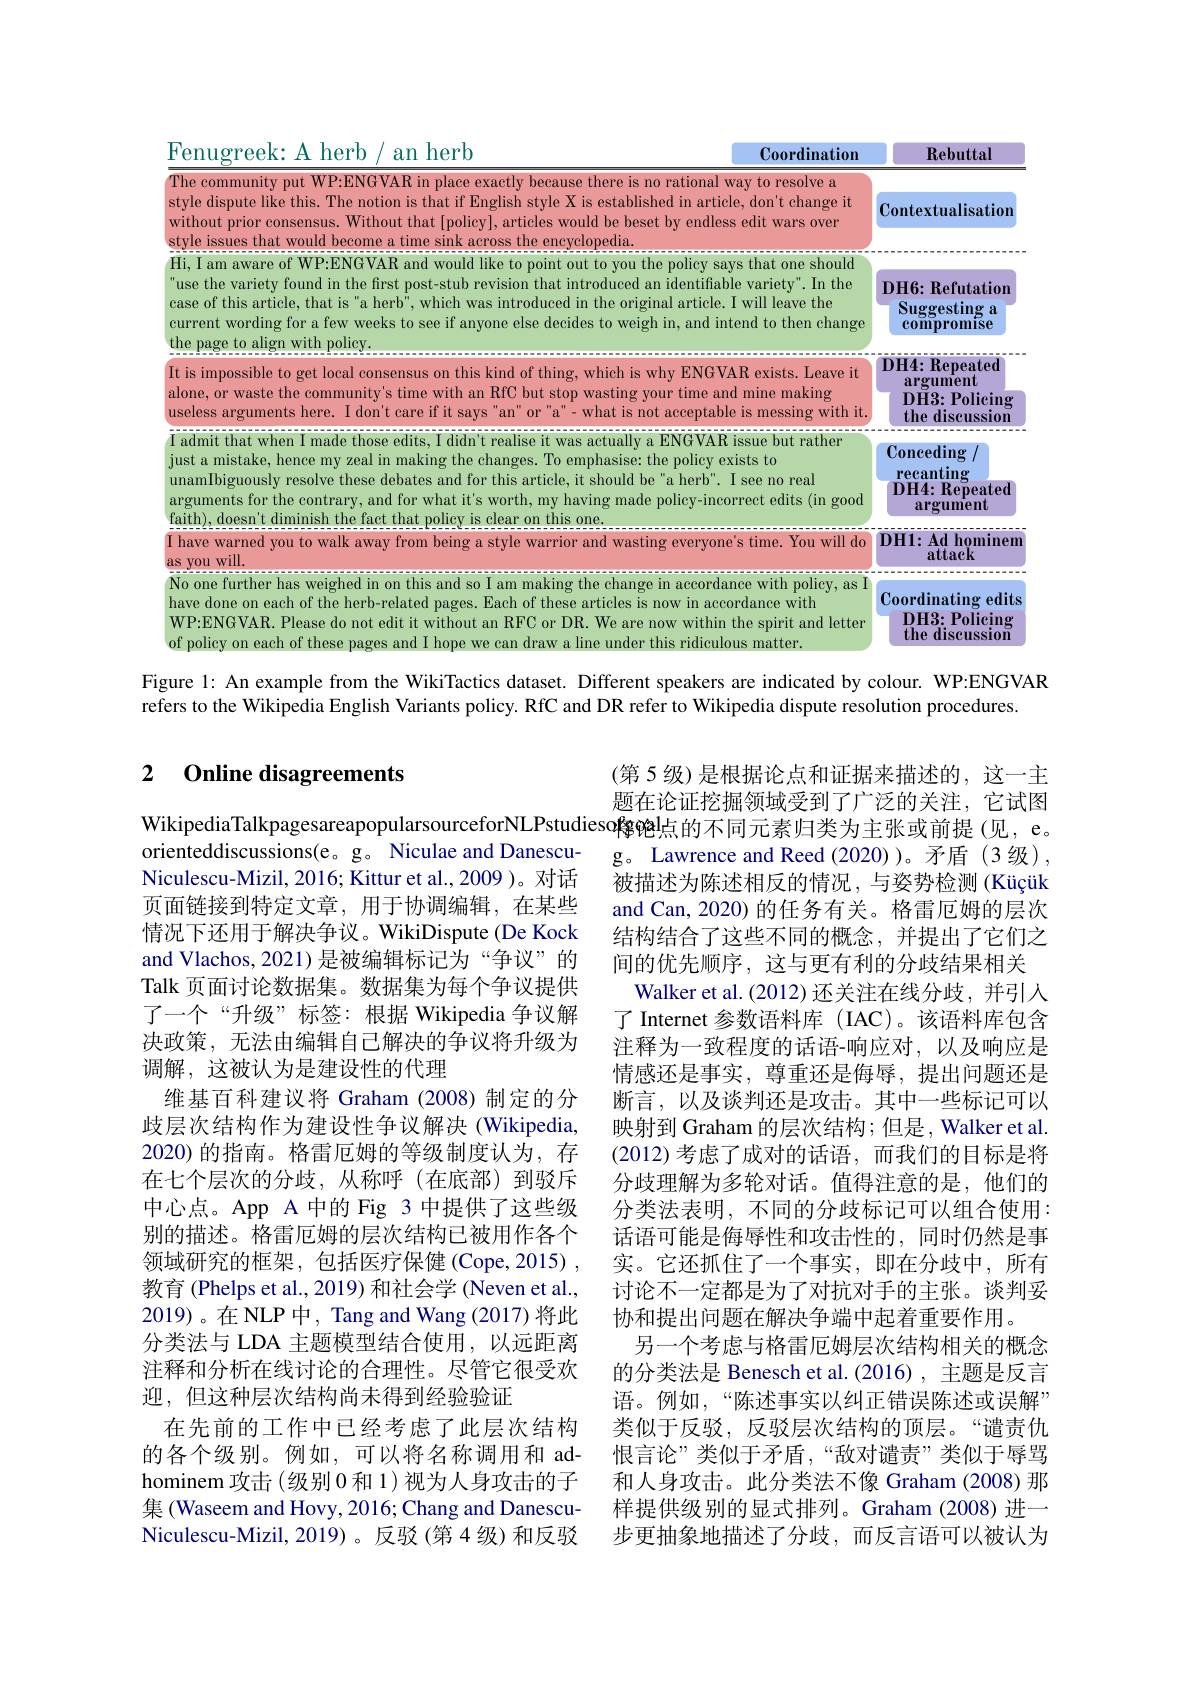
A herb /
herb
<FigureHere>

Coordination

Rebuttal

Figure l: An example from the WikiTactics dataset. Different speakers are indicated by colour. WP:ENGVAR
refers to the Wikipedia English Variants policy. RfC and DR refer to Wikipedia dispute resolution procedures.

### 2 $\textbf{Online disagreements}$

(第 5 级) 是根据论点和证据来描述的，这一主题在论证挖掘领域受到了广泛的关注，它试图
WikipediaTalkpagesareapopularsourceforNLPstudieso梅陀$^{\mathrm{l}}$点的不同元素归类为主张或前提 (见，e。
g。Lawrence and Reed (2020))。矛盾 (3级), 被描述为陈述相反的情况，与姿势检测(Küçük and Can, 2020) 的任务有关。格雷厄姆的层次结构结合了这些不同的概念，并提出了它们之间的优先顺序，这与更有利的分歧结果相关
Walker et al.(2012) 还关注在线分歧，并引入了 Internet 参数语料库 (IAC)。该语料库包含注释为一致程度的话语-响应对，以及响应是情感还是事实，尊重还是侮辱，提出问题还是断言，以及谈判还是攻击。其中一些标记可以映射到 Graham 的层次结构；但是 , Walker et al. (2012)考虑了成对的话语，而我们的目标是将分歧理解为多轮对话。值得注意的是，他们的分类法表明，不同的分歧标记可以组合使用： 话语可能是侮辱性和攻击性的，同时仍然是事实。它还抓住了一个事实，即在分歧中，所有讨论不一定都是为了对抗对手的主张。谈判妥协和提出问题在解决争端中起着重要作用。
另一个考虑与格雷厄姆层次结构相关的概念的分类法是 Benesch et al.(2016), 主题是反言语。例如，“陈述事实以纠正错误陈述或误解” 类似于反驳，反驳层次结构的顶层。“谴责仇恨言论”类似于矛盾，“敌对谴责”类似于辱骂和人身攻击。此分类法不像 Graham (2008)那样提供级别的显式排列。Graham (2008)进一步更抽象地描述了分歧，而反言语可以被认为

orienteddiscussions(e。g。Niculae and DanescuNiculescu-Mizil, 2016; Kittur et al., 2009 )。对话页面链接到特定文章，用于协调编辑，在某些情况下还用于解决争议。WikiDispute (De Kock and Vlachos, 2021)是被编辑标记为“争议”的Talk 页面讨论数据集。数据集为每个争议提供了一个“升级”标签：根据 Wikipedia 争议解决政策，无法由编辑自己解决的争议将升级为调解，这被认为是建设性的代理
维基百科建议将 Graham (2008)制定的分歧层次结构作为建设性争议解决(Wikipedia, 2020)的指南。格雷厄姆的等级制度认为，存在七个层次的分歧，从称呼(在底部)到驳斥中心点。App A 中的 Fig 3 中提供了这些级别的描述。格雷厄姆的层次结构已被用作各个领域研究的框架，包括医疗保健(Cope,2015) , 教育 (Phelps et al., 2019) 和社会学 (Neven et al., 2019)。在 NLP 中，Tang and Wang (2017) 将此分类法与 LDA 主题模型结合使用，以远距离注释和分析在线讨论的合理性。尽管它很受欢迎，但这种层次结构尚未得到经验验证
在先前的工作中已经考虑了此层次结构的各个级别。例如，可以将名称调用和 adhominem 攻击(级别 0 和 1)视为人身攻击的子集 (Waseem and Hovy, 2016; Chang and DanescuNiculescu-Mizil, 2019)。反驳(第4 级)和反驳